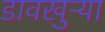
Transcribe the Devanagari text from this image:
डावखुऱ्या